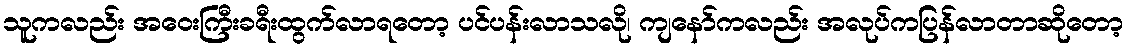
သူကလည်း အဝေးကြီးခရီးထွက်လာရတော့ ပင်ပန်းလာသလို၊ ကျနော်ကလည်း အလုပ်ကပြန်လာတာဆိုတော့